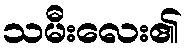
သမီးလေး၏